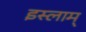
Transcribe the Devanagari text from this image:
इस्लाम्